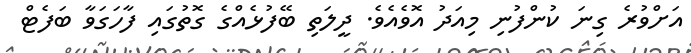
އަށްވުރެ ގިނަ ކުންފުނި މިއަދު އޮވެއެވެ. ދީލަތި ބޭފުޅެއްގެ ގޮތުގައި ފާހަގަވާ ބަފެޓް